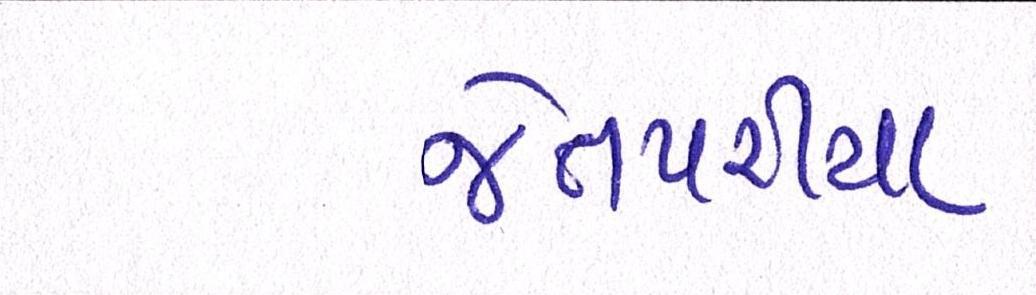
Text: જેતપરીયા